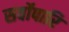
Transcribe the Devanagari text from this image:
सर्वोपारि